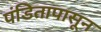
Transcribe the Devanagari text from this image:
पंडितापासून